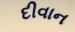
દીવાન